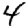
Digit: 4